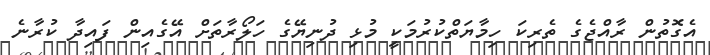
އެގޮތުން ރާއްޖެގެ ތެރިކަ ހިމާޔަތްކުރުމަކީ މުޅި ދުނިޔޭގެ ހަލޯރާތަށް އޭގެއިން ފައިދާ ކުރާނެ